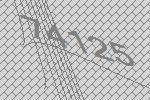
74125